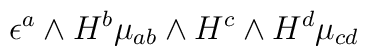
\epsilon^a \wedge H^b \mu_{ab} \wedge H^c \wedge H^d \mu_{cd}